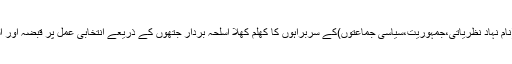
کیا آمرانہ طرزِ عمل پر چلائی جانے والی نجی تنظیموں(نام نہاد نظریاتی،جمہوریت،سیاسی جماعتوں)کے سربراہوں کا کھلم کھلا اسلحہ بردار جتھوں کے ذریعے انتخابی عمل پر قبضہ اور اُسکے ذریعے حکومت پر قبضہ آئینی و قانونی عمل ہے؟